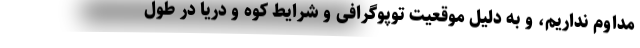
مداوم نداریم، و به دلیل موقعیت توپوگرافی و شرایط کوه و دریا در طول